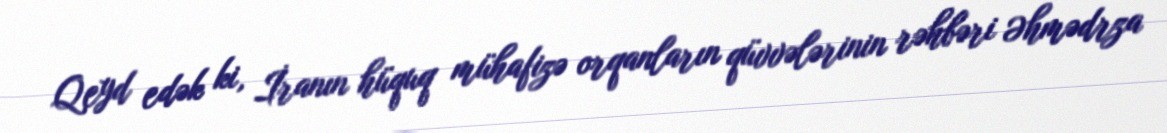
Qeyd edək ki, İranın hüquq mühafizə orqanların qüvvələrinin rəhbəri Əhmədrza